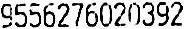
9556276020392